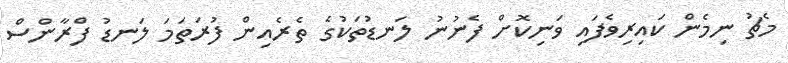
މެޗު ނިމެން ކައިރިވެފައި ވަނިކޮށް ފެނުނު ލަނޑުތަކުގެ ތެރެއިން ފުރަތަމަ ލަނޑު ފްރާންސް